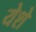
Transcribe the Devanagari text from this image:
येशे